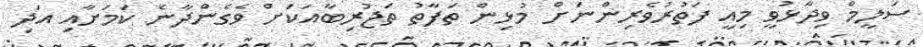
ސަލީމް ވިދާޅުވީ މިއީ ފަތުރުވެރިންނަށް މުޅިން ތަފާތު ތަޖުރިބާއަކަށް ވެގެންދާނެ ކަމަށާއި އަދި